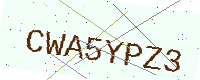
Text: CWA5YPZ3